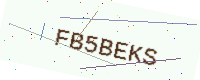
Text: FB5BEKS